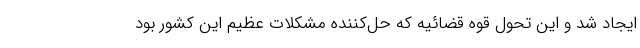
ایجاد شد و این تحول قوه قضائیه که حل‌کننده مشکلات عظیم این کشور بود